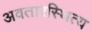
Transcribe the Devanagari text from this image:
अवतारस्थित्य